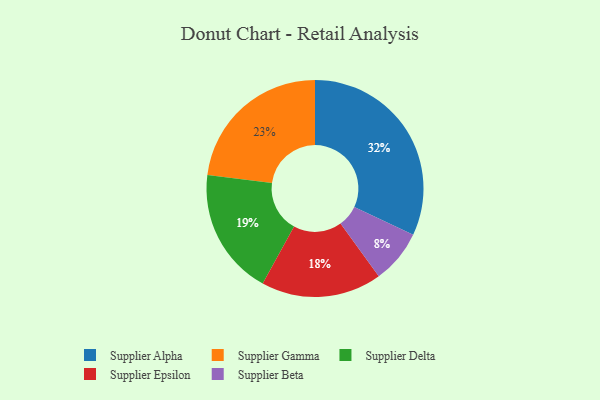
{"axis": {"x": "Category", "y": "Percentage"}, "legend": ["Supplier Alpha", "Supplier Beta", "Supplier Delta", "Supplier Epsilon", "Supplier Gamma"], "data": [{"x": "Supplier Delta", "y": 19, "type": "Supplier Delta"}, {"x": "Supplier Epsilon", "y": 18, "type": "Supplier Epsilon"}, {"x": "Supplier Gamma", "y": 23, "type": "Supplier Gamma"}, {"x": "Supplier Alpha", "y": 32, "type": "Supplier Alpha"}, {"x": "Supplier Beta", "y": 8, "type": "Supplier Beta"}]}